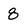
Character: 8